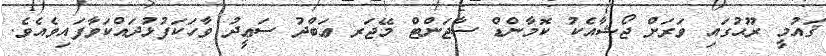
ޤައުމީ ރޫޙުގައި ވަރަށް ޖޯޝާއެކު ކޮމާންޑް ސާޖަންޓް މޭޖަރ ޢަބްދު ސަޢީދު ވާހަކަފުޅުދައްކަވާފައިވެއެވެ.